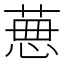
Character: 𦴜